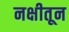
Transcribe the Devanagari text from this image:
नक्षीतून